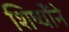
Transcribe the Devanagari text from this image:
शिष्यौंने